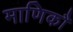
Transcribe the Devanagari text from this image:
माणिकौ